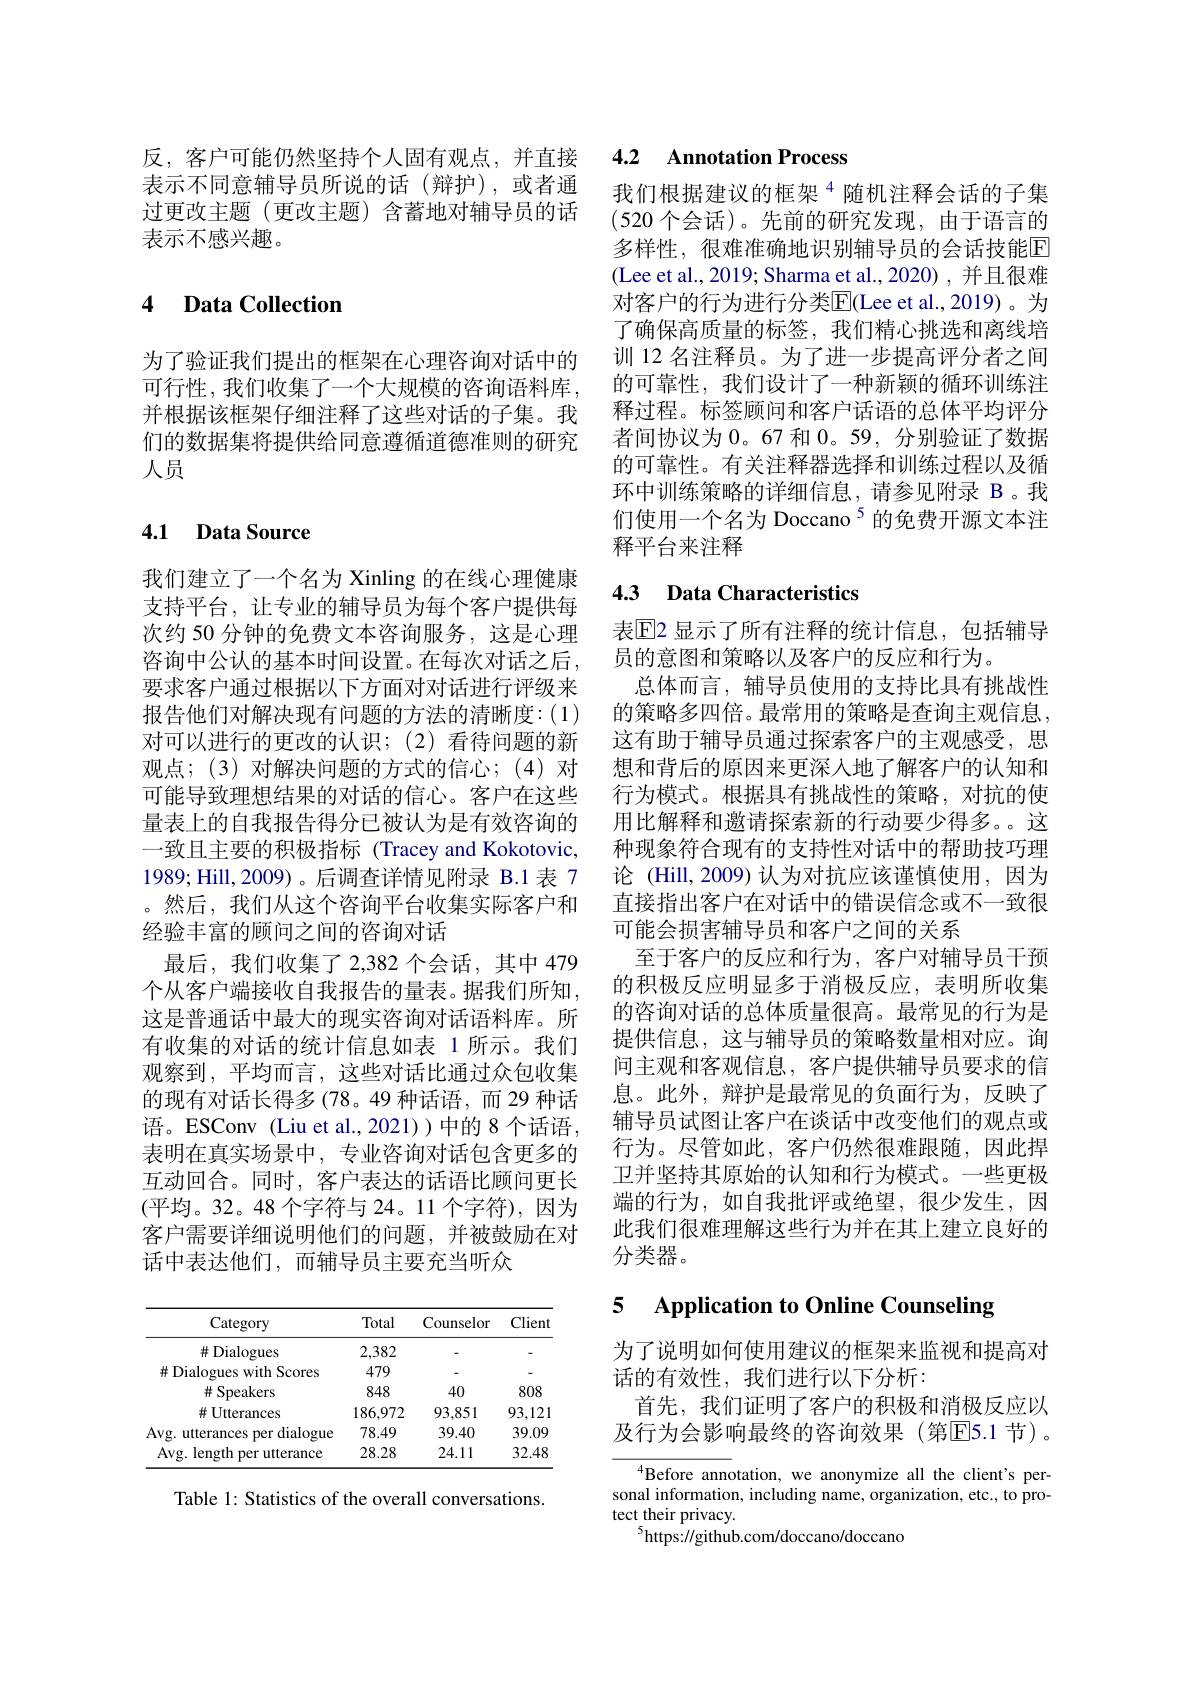
反，客户可能仍然坚持个人固有观点，并直接表示不同意辅导员所说的话(辩护),或者通过更改主题(更改主题)含蓄地对辅导员的话表示不感兴趣。

## 4 $\textbf{Data Collection}$

为了验证我们提出的框架在心理咨询对话中的可行性，我们收集了一个大规模的咨询语料库， 并根据该框架仔细注释了这些对话的子集。我们的数据集将提供给同意遵循道德准则的研究人员

## 4.1 Data Source

我们建立了一个名为 Xinling 的在线心理健康支持平台，让专业的辅导员为每个客户提供每次约 50 分钟的免费文本咨询服务，这是心理咨询中公认的基本时间设置。在每次对话之后， 要求客户通过根据以下方面对对话进行评级来报告他们对解决现有问题的方法的清晰度：(1) 对可以进行的更改的认识；(2)看待问题的新观点；(3)对解决问题的方式的信心；(4)对可能导致理想结果的对话的信心。客户在这些量表上的自我报告得分已被认为是有效咨询的一致且主要的积极指标 (Tracey and Kokotovic, 1989; Hill, 2009) 。后调查详情见附录 B.1 表 7 。然后，我们从这个咨询平台收集实际客户和经验丰富的顾问之间的咨询对话
最后，我们收集了2，382 个会话，其中 479个从客户端接收自我报告的量表。据我们所知， 这是普通话中最大的现实咨询对话语料库。所有收集的对话的统计信息如表 1 所示。我们观察到，平均而言，这些对话比通过众包收集的现有对话长得多(78。49 种话语，而 29 种话语。ESConv (Liu et al.,2021))中的8个话语。表明在真实场景中，专业咨询对话包含更多的互动回合。同时，客户表达的话语比顾问更长(平均。32。48 个字符与 24。11 个字符),因为客户需要详细说明他们的问题，并被鼓励在对话中表达他们，而辅导员主要充当听众

<table>
	<tbody>
		<tr>
			<th>Category</th>
			<th>Total</th>
			<th>Counselor</th>
			<th>Client</th>
		</tr>
		<tr>
			<td>$\#$ Dialogues</td>
			<td>2,382</td>
			<td> </td>
			<td> </td>
		</tr>
		<tr>
			<td>$\#Dialogues$ s with Scores</td>
			<td>479</td>
			<td> </td>
			<td> </td>
		</tr>
		<tr>
			<td># Speakers</td>
			<td>848</td>
			<td>40</td>
			<td>808</td>
		</tr>
		<tr>
			<td>$\#$ Utterances</td>
			<td>186,972</td>
			<td>93,851</td>
			<td>93,121</td>
		</tr>
		<tr>
			<td>Avg. utterances per dialogue</td>
			<td>78.49</td>
			<td>39.40</td>
			<td>39.09</td>
		</tr>
		<tr>
			<td>Avg. length t per utterance </td>
			<td>28.28</td>
			<td>24.11</td>
			<td>32.48</td>
		</tr>
	</tbody>
</table>

Table 1: Statistics of the overall conversations.

## 4.2 Annotation Process

我们根据建议的框架$^{4}$随机注释会话的子集(520个会话)。先前的研究发现，由于语言的多样性，很难准确地识别辅导员的会话技能E (Lee et al., 2019; Sharma et al., 2020), 并且很难对客户的行为进行分类$\overline{\mathrm{E}}($Lee et al.,2019)。为了确保高质量的标签，我们精心挑选和离线培训 12 名注释员。为了进一步提高评分者之间的可靠性，我们设计了一种新颖的循环训练注释过程。标签顾问和客户话语的总体平均评分者间协议为 0。67 和0。59, 分别验证了数据的可靠性。有关注释器选择和训练过程以及循环中训练策略的详细信息，请参见附录 B。我们使用一个名为 Doccano$^{5}$的免费开源文本注释平台来注释

## 4.3 Data Characteristics

表$\overline{\mathrm{E}}$2 显示了所有注释的统计信息，包括辅导
员的意图和策略以及客户的反应和行为。
总体而言，辅导员使用的支持比具有挑战性的策略多四倍。最常用的策略是查询主观信息， 这有助于辅导员通过探索客户的主观感受，思想和背后的原因来更深入地了解客户的认知和行为模式。根据具有挑战性的策略，对抗的使用比解释和邀请探索新的行动要少得多。这种现象符合现有的支持性对话中的帮助技巧理论 (Hill,2009) 认为对抗应该谨慎使用，因为直接指出客户在对话中的错误信念或不一致很可能会损害辅导员和客户之间的关系
至于客户的反应和行为，客户对辅导员干预的积极反应明显多于消极反应，表明所收集的咨询对话的总体质量很高。最常见的行为是提供信息，这与辅导员的策略数量相对应。询问主观和客观信息，客户提供辅导员要求的信息。此外，辩护是最常见的负面行为，反映了辅导员试图让客户在谈话中改变他们的观点或行为。尽管如此，客户仍然很难跟随，因此捍卫并坚持其原始的认知和行为模式。一些更极端的行为，如自我批评或绝望，很少发生，因此我们很难理解这些行为并在其上建立良好的分类器。

## 5 $\textbf{Application to Online Counseling}$

为了说明如何使用建议的框架来监视和提高对
话的有效性，我们进行以下分析：
首先，我们证明了客户的积极和消极反应以及行为会影响最终的咨询效果(第|E|5.1 节)。

$^{4}$Before annotation, we anonymize all the client's personal information, including name, organization, etc., to protect their privacy.
$^{5}$https://github.com/doccano/doccano